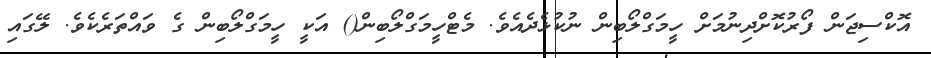
އޮކްސިޖަން ފޯރުކޮށްދިނުމަށް ހީމަގްލޯބިން ނުކުޅެދެއެވެ. މެޓްހީމަގްލޯބިން() އަކީ ހީމަގްލޯބިން ގެ ވައްތަރެކެވެ. ލޭގައި